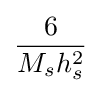
{\frac {6}{M_{s}h_{s}^{2}}}